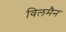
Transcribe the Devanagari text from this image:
विलमैन